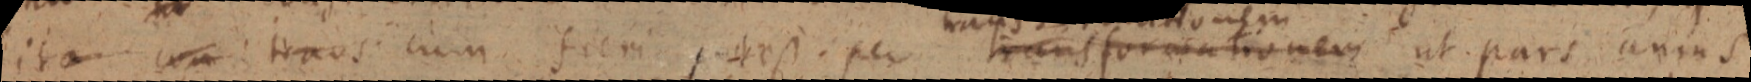
ita cum trans cum fieri potest. per transformationem ut pars annus